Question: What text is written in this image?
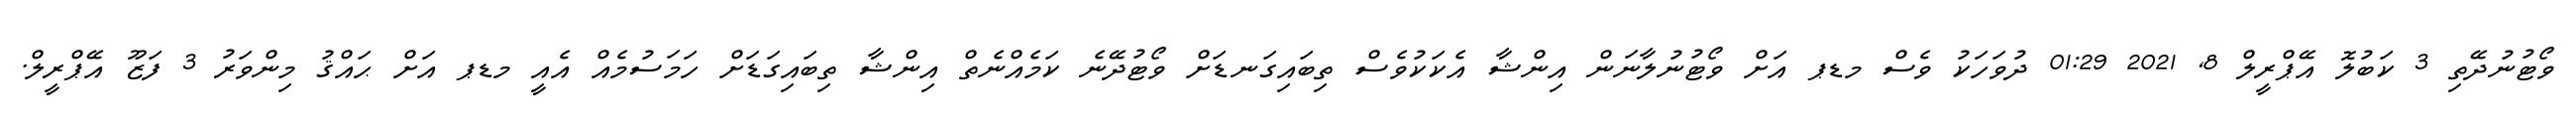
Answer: ވޯޓުނުދޭތި 3 ކަބުލޮ އޭޕްރީލް 8, 2021 01:29 ދުވަހަކު ވެސް މޑޕ އަށް ވޯޓުނުލާނަން އިންޝާ އެކަކުވެސް ތިބައިގަނޑަށް ވޯޓުދޭނެ ކަމެއްނެތް އިންޝާ ތިބައިގަޑަށް ހަމަސުމެއް އެއީ މޑޕ އަށް ޙައްޤު މިންވަރު 3 ފަޒޫ އޭޕްރީލް.